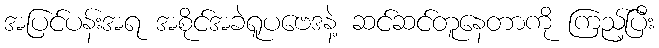
အပြင်ပန်းအရ အစိုင်အခဲရူပဗေဒနဲ့ ဆင်ဆင်တူနေတာကို ကြည့်ပြီး